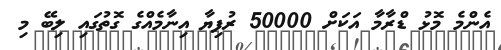
އެންމެ މޮޅު ޑްރާމާ އަކަށް 50000 ރުފިޔާ އިނާމެއްގެ ގޮތުގައި ލިބޭ މި